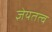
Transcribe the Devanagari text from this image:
ज्ञेयतत्व